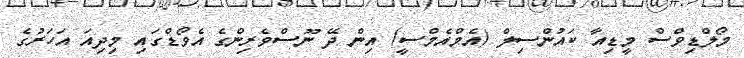
މޯލްޑިވްސް މީޑިއާ ކައުންސިލް (އެމްއެމްސީ) އިން ދޭ ނޫސްވެރިންގެ އެވޯޑްގައި މިދިއަ އަހަރުގެ